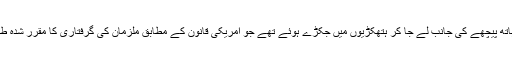
اس کے ہاتھ پیچھے کی جانب لے جا کر ہتھکڑیوں میں جکڑے ہوئے تھے جو امریکی قانون کے مطابق ملزمان کی گرفتاری کا مقرّر شدہ طریقہ ہے۔